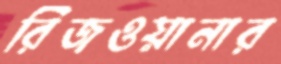
রিজওয়ানার